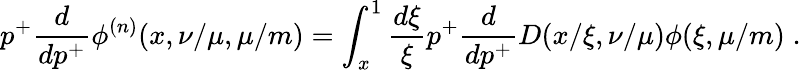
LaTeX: p^{+}\frac{d}{dp^{+}}\phi^{(n)}(x,\nu/\mu,\mu/m)=\int_{x}^{1}\frac{d\xi}{\xi}p^{+}\frac{d}{dp^{+}}D(x/\xi,\nu/\mu)\phi(\xi,\mu/m)\; .